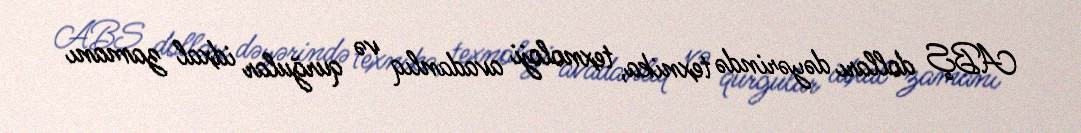
ABŞ dolları dəyərində texnika, texnoloji avadanlıq və qurğular idxal zamanı